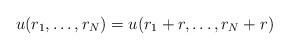
LaTeX: \begin{gather*}u(r_1,\dots,r_N)=u(r_1+r,\dots,r_N+r)\end{gather*}